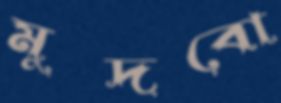
মুদবো